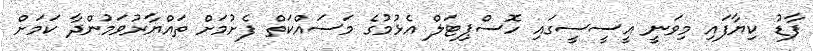
ފާޑު ކިޔާފައި މިވަނީ އީސީސީގައި ހޮސްޕިޓަލް އެޅުމުގެ މަސައްކަތް ފެށުމަށް ތައްޔާރުވަމުންދާ ކަމަށް